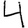
Digit: 4